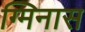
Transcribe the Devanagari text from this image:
ग्मिनास